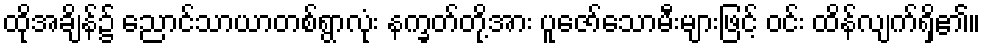
ထိုအချိန်၌ ညောင်သာယာတစ်ရွာလုံး နက္ခတ်တို့အား ပူဇော်သောမီးများဖြင့် ဝင်း ထိန်လျက်ရှိ၏။